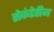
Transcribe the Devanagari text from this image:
सेकंडेरीज